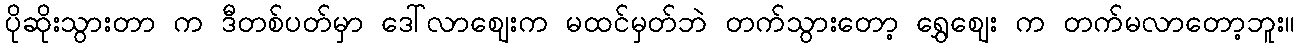
ပိုဆိုးသွားတာ က ဒီတစ်ပတ်မှာ ဒေါ်လာဈေးက မထင်မှတ်ဘဲ တက်သွားတော့ ရွှေဈေး က တက်မလာတော့ဘူး။